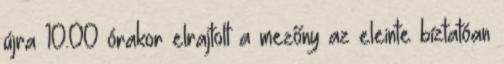
újra 10.00 órakor elrajtolt a mezőny az eleinte bíztatóan